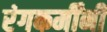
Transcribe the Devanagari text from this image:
रंगकर्मींनी